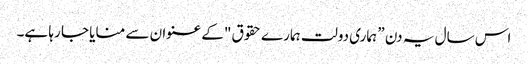
اس سال یہ دن ” ہماری دولت ہمارے حقوق "کے عنوان سے منایا جا رہا ہے۔